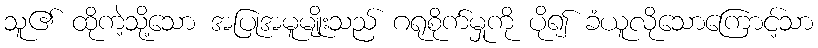
သူ၏ ထိုကဲ့သို့သော အပြုအမူမျိုးသည် ဂရုစိုက်မှုကို ပို၍ ခံယူလိုသောကြောင့်သာ